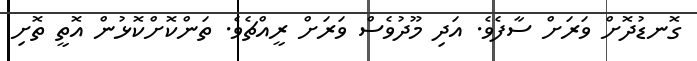
ގޮނޑުދޮށް ވަރަށް ސާފެވެ. އަދި މޫދުވެސް ވަރަށް ރީއްޗެވެ. ތަންކޮށްކޮޅުން އޮތީ ތޮށި